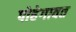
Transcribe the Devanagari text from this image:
पोहेगावत